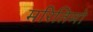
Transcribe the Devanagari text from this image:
मरितिमो